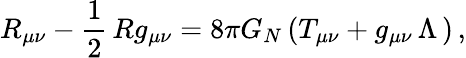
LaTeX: R_{\mu\nu}-\frac{1}{2}\, Rg_{\mu\nu}=8\pi G_{N}\, (T_{\mu\nu}+g_{\mu\nu}\, \Lambda\, )\, ,